Riigikantselei, lk 21
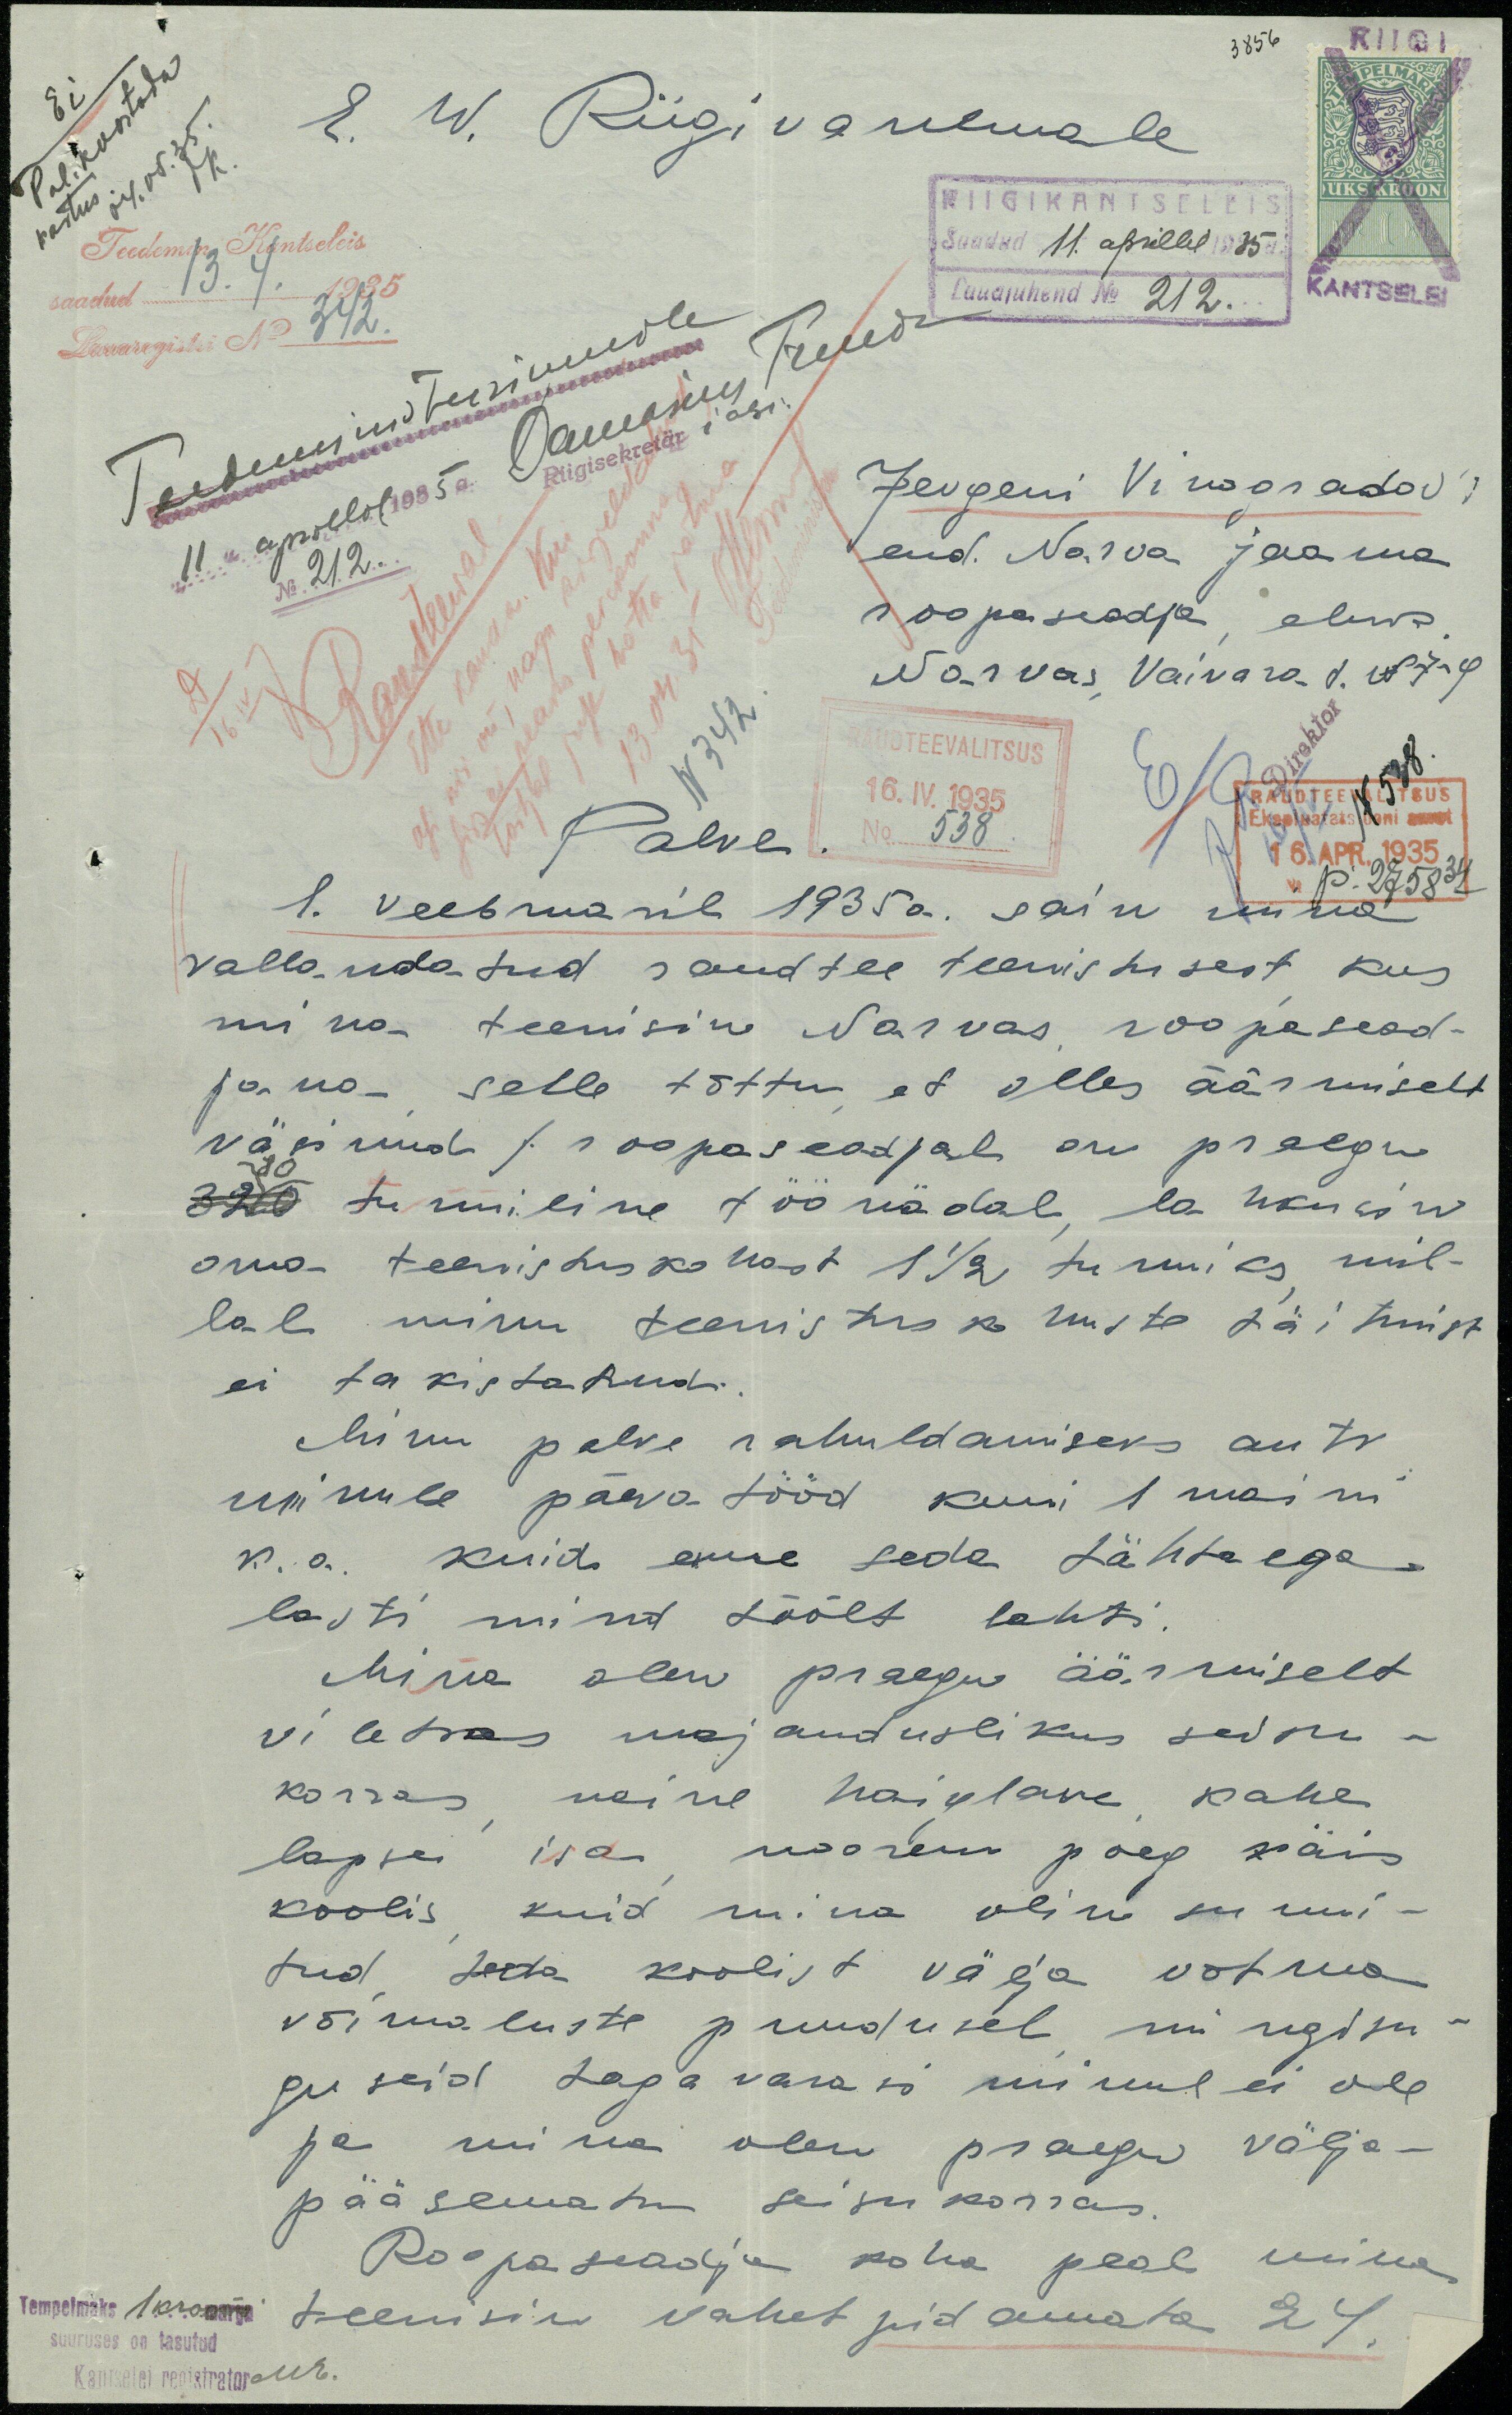
3856
E. W. Riigivanemale
RIIGIKANTSELEIS
Saadud 11. aprillil 1935 a.
Teedemin. Kantseleis
Lauaregistri N 342.
Teedeministeeriumile
"11" aprillil 1935 a.
Jevgeni Vinogradov'i
No 212.
end. Narva jaama
roopaseadja, eluk
Narvas, Vaivara t. N 7-9
Palve
1. veebruaril 1935 a. sain mina
vallandatud raudtee teenistusest kus
mina teenisin Narvas roopasead-
jana  - selle tõttu, et olles äärmiselt
väsinud (roopaseadjal on praegu
80 tunniline töö nädal, lahkusin
oma teenistuskohast 1 1/2 tunniks mil-
lal minu teenistuskohuste täitmist
ei takistatud.
Minu palve rahuldamiseks anti
minule päeva tööd kuni 1 maini
k.a. kuid enne seda tähtaega
lasti mind töölt lahti.
Mina olen praegu äärmiselt
viletsas majanduslikus seisu-
korras, naine haiglane kahe
lapse isa noorem poeg käis
koolis kuid mina olin sunni-
tud teda koolist välja võtma
võimaluste puudusel mingisu
guseid tagavarasi minul ei ole
ja mina olen praegu välja-
pääsematus seisukorras.
Roopaseadja koha peal mina
teenisin vahet pidamata 24